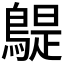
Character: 𪂿